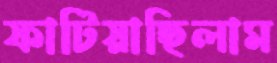
ফাটিয়াছিলাম